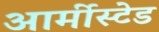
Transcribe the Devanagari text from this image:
आर्मीस्टेड